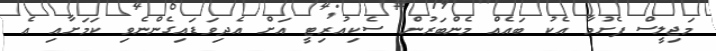
މަޖިލީސް ފެށުމާ އެކު ބައެއް މެންބަރުން ސެކިއުރިޓީ އަށް އެދިވަޑައިގެންނެވި ކަމަށާއި އެ